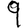
Digit: 9